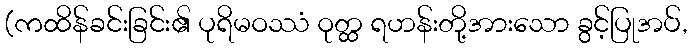
(ကထိန်ခင်းခြင်း၏ ပုရိမဝဿံ ဝုတ္ထ ရဟန်းတို့အားသော ခွင့်ပြုအပ်,